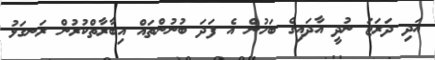
އަދި ދަރަޖަ ނުދީ އާދައިގެ ބަހުން އެ ފަދަ ބުނުންތައް އިބާރާތްކުރުން ރަނގަޅު